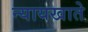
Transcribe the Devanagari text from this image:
न्यायखाते